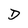
Character: D